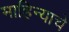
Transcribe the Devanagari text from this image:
माहिन्याचे